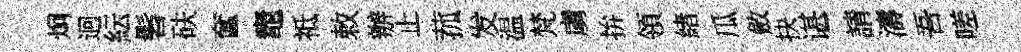
炯迥紜髫砆奩竈祗敕辦止菰发温梵虜拚領緖瓜斂抉谌請濤吾嗟